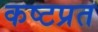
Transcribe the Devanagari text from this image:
कष्टप्रत